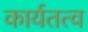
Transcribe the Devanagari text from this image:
कार्यतत्व